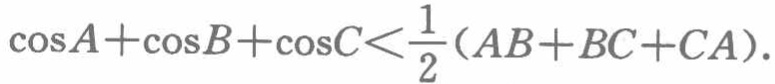
\(\cos A+\cos B+\cos C<\frac{1}{2}(AB + BC + CA)\)